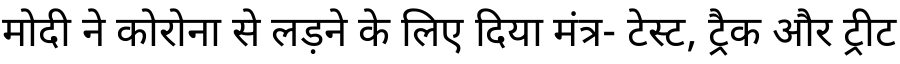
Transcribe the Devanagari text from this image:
मोदी ने कोरोना से लड़ने के लिए दिया मंत्र- टेस्ट, ट्रैक और ट्रीट